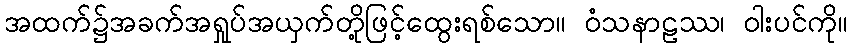
အထက်၌အခက်အရှုပ်အယှက်တို့ဖြင့်ထွေးရစ်သော။ ဝံသနာဠဿ၊ ဝါးပင်ကို။